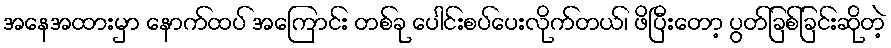
အနေအထားမှာ နောက်ထပ် အကြောင်း တစ်ခု ပေါင်းစပ်ပေးလိုက်တယ်၊ ဖိပြီးတော့ ပွတ်ခြစ်ခြင်းဆိုတဲ့